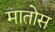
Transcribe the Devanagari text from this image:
मातोस